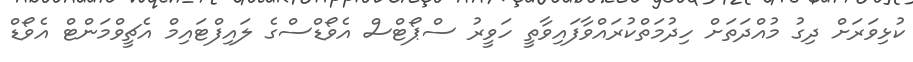
ކުޅިވަރަށް ދިގު މުއްދަތަަށް ހިދުމަތްކުރައްވާފައިވާތީ ހަވީރު ސްޕޯޓްސް އެވޯޑްސްގެ ލައިފްޓައިމް އެޗީވްމަންޓް އެވޯޑް